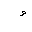
Letter: _waw